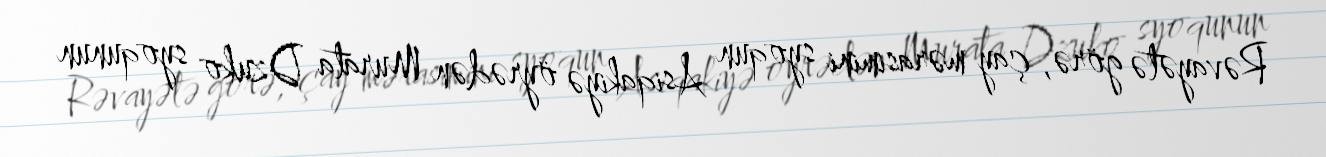
Rəvayətə görə, çay mərasimini syoqun Asiqakiyə öyrədən Murata Dzuko syoqunun